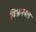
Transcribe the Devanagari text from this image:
विभ्रमबल